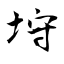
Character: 垨